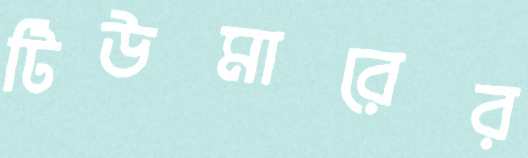
টিউমারের